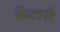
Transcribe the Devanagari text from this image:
केंटारो